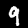
Label: 9